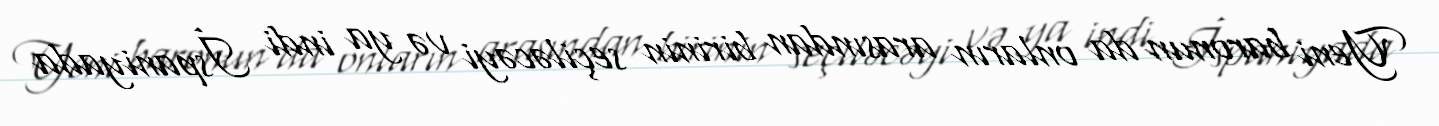
Yeni baronun da onların arasından birinin seçiləcəyi və ya indi İspaniyada